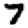
Digit: 7